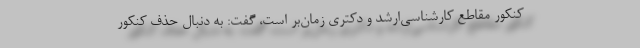
کنکور مقاطع کارشناسی‌ارشد و دکتری زمان‌بر است، گفت: به دنبال حذف کنکور